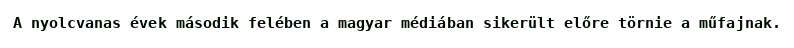
A nyolcvanas évek második felében a magyar médiában sikerült előre törnie a műfajnak.